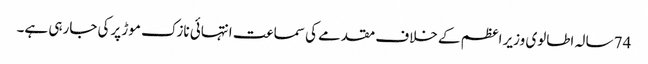
74 سالہ اطالوی وزیر اعظم کے خلاف مقدمے کی سماعت انتہائی نازک موڑ پرکی جارہی ہے۔